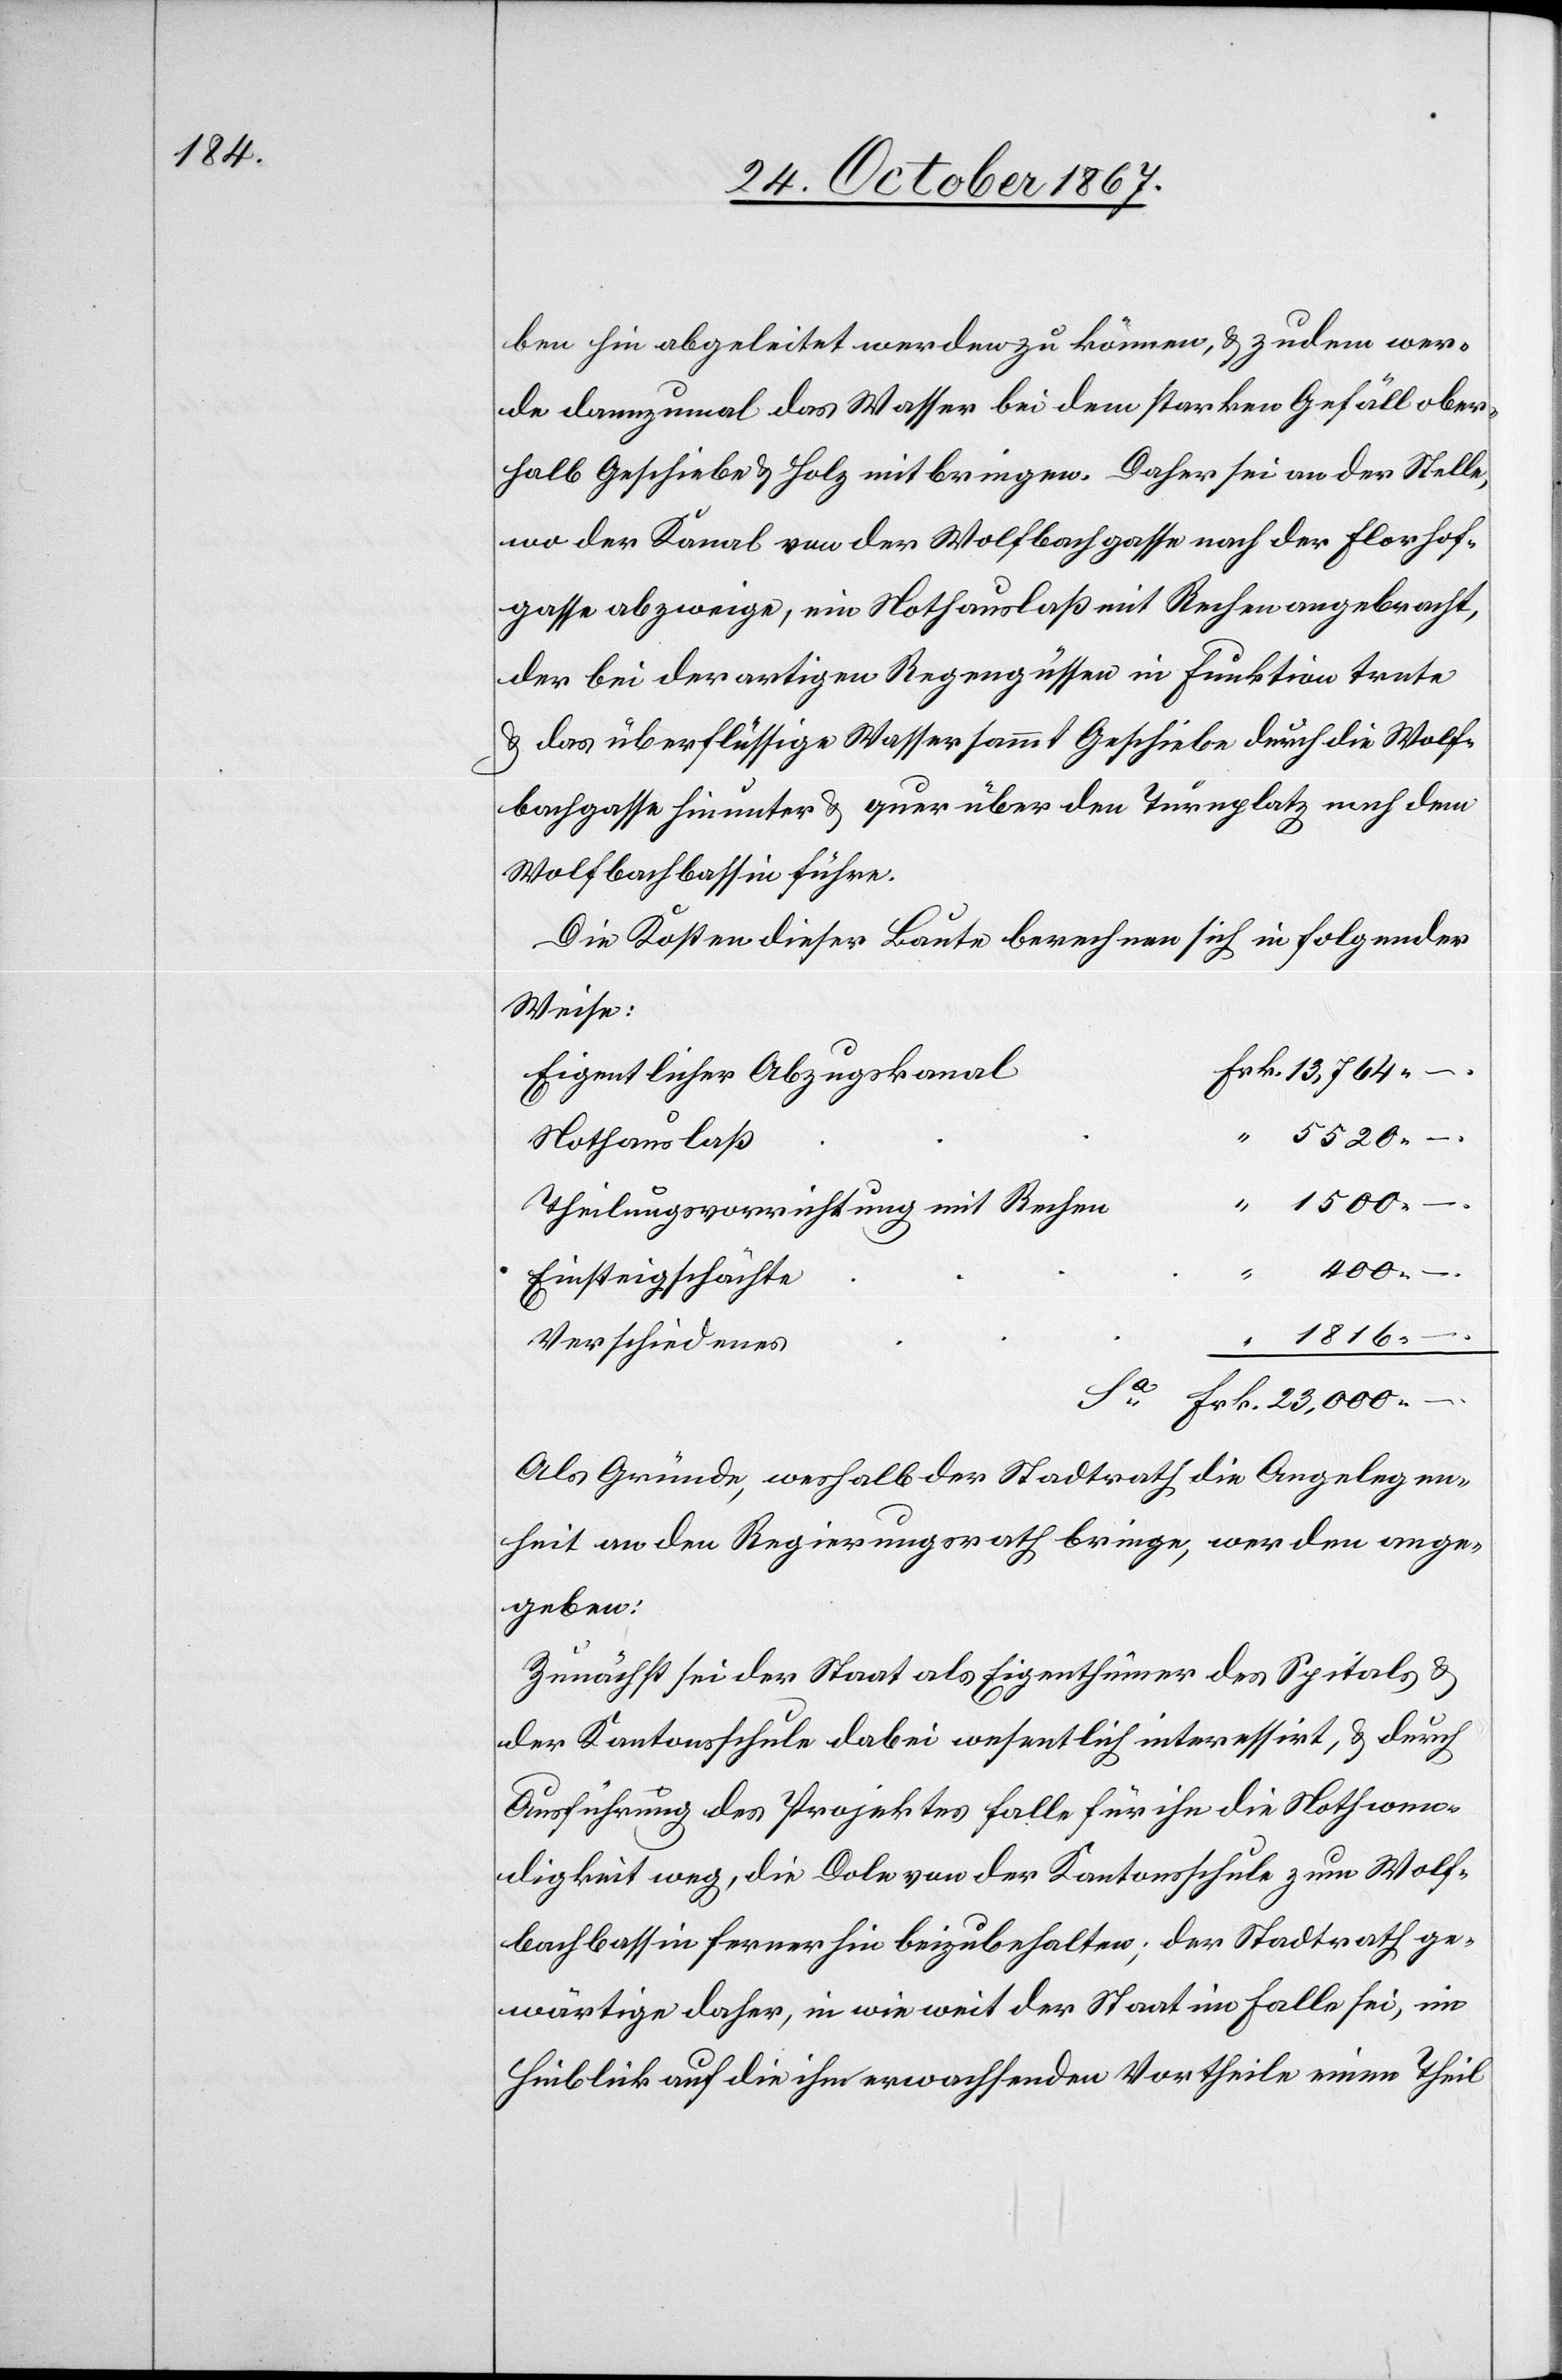
ben hin abgeleitet werden zu können, u. zudem wer¬
de dannzumal das Wasser bei dem starken Gefäll ober¬
halb Geschiebe u. Holz mitbringen. Daher sei an der Stelle,
wo der Kanal von der Wolfbachgasse nach der Florhof¬
gasse abzweige, ein Nothauslaß mit Rechen angebracht,
der bei derartigen Regengüssen in Funktion trete
u. das überflüssige Wasser sammt Geschiebe durch die Wolf¬
bachgasse hinunter u. quer über den Turnplatz nach dem
Wolfbachbassin führe.
Die Kosten dieser Baute berechnen sich in folgender
Weise:
Eigentlicher Abzugskanal
23
Nothauslaß
–.
Theilungsvorrichtung mit Rechen
000.
–.
Einsteigschächte
1816.
Verschiedenes
Als Gründe, weshalb der Stadtrath die Angelegen¬
heit an den Regierungsrath bringe, werden ange¬
geben:
Zunächst sei der Staat als Eigenthümer des Spitals u.
der Kantonsschule dabei wesentlich interessirt, u. durch
Ausführung des Projektes falle für ihn die Nothwen¬
digkeit weg, die Dole von der Kantonsschule zum Wolf¬
bachbassin fernerhin beizubehalten; der Stadtrath ge¬
wärtige daher, in wie weit der Staat im Falle sei, im
Hinblick auf die ihm erwachsenden Vortheile einen Theil